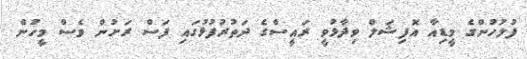
ފުލުހުންގެ މީޑިއާ އޮފިޝަލް ވިދާޅުވީ ރައީސްގެ ދަތުރުފުޅުގައި ފަސް ރަށުން ވެސް މީހުން